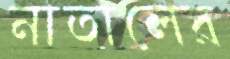
নাতালের